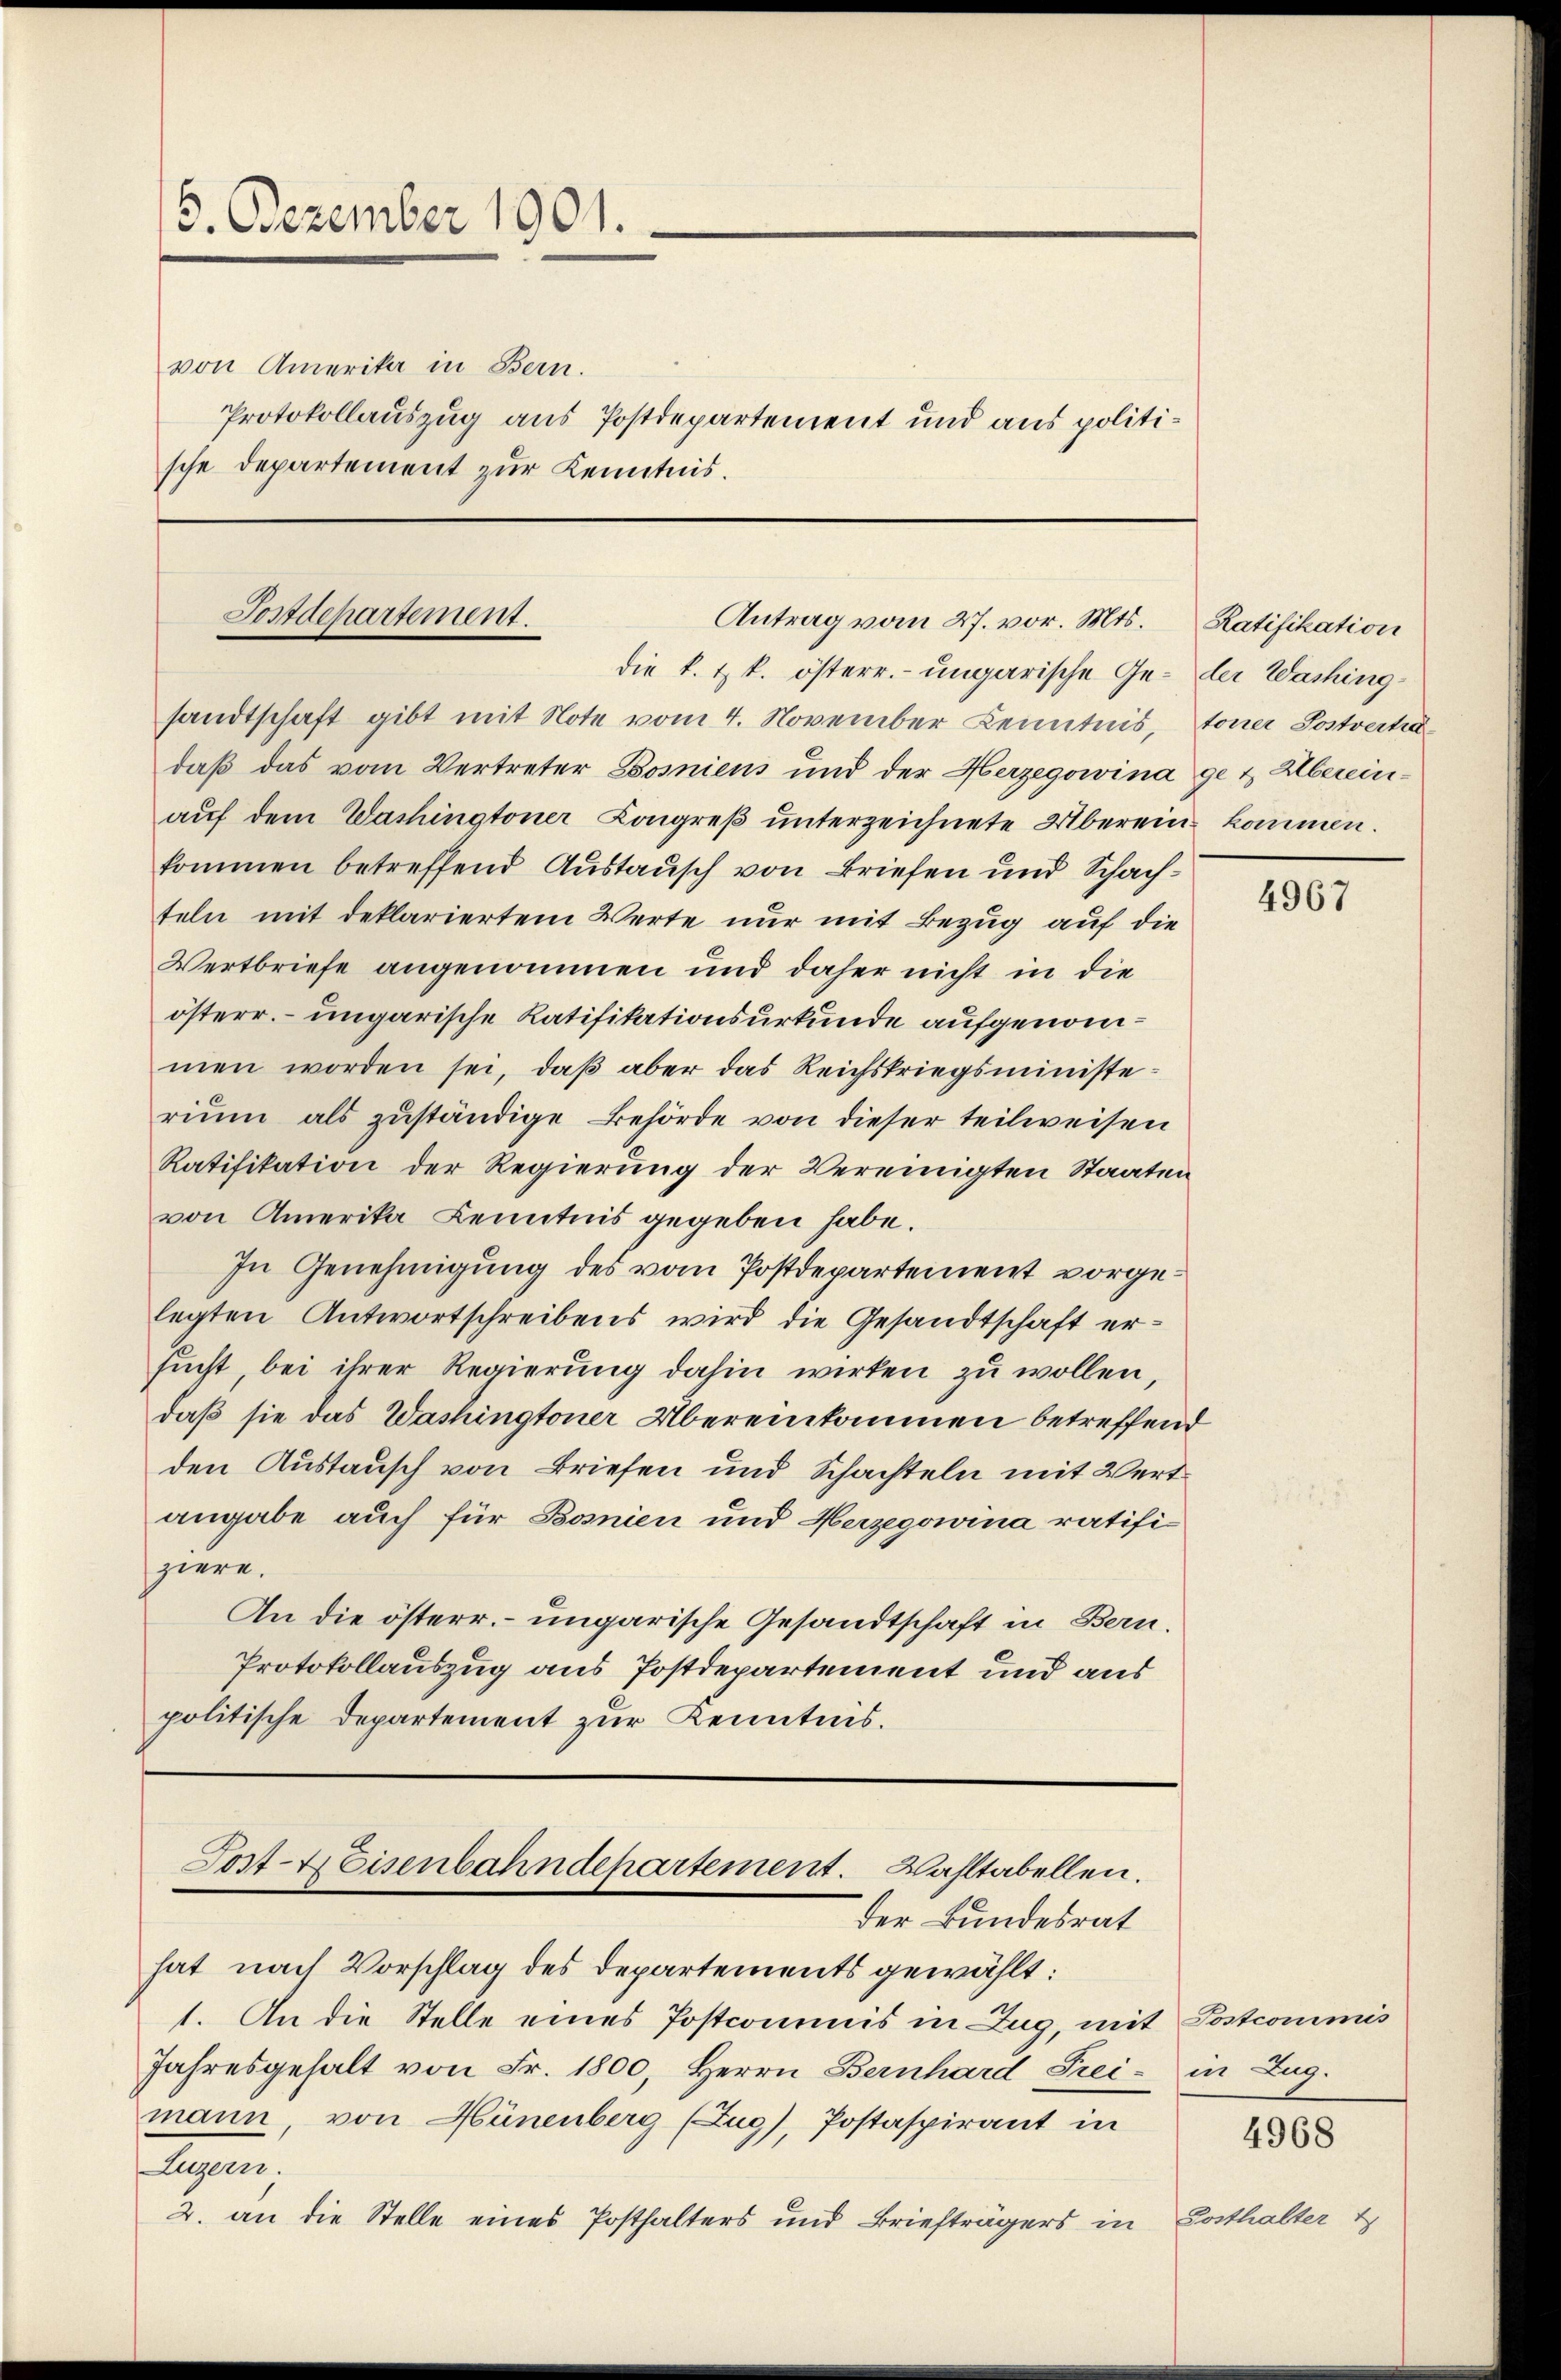
5. Dezember 1901.
von Amerika in Bern.
Protokollauszug aus Postdepartement und aus politische Departement zur Kenntnis.

Postdepartement.
Antrag vom 27. vor. Mts.
die k. k. österr.- ungarische Ge- der Waching¬

sandtschaft gibt mit Note vom 4. November Kenntnis, toner Postverhadaß das vom Vertreter Bosniens und der Herzegowina ge & Abereinauf dem Washingtoner Congreß unterzeichnete Überein kommen.
kommen betreffend Austausch von Briefen und Schachteln mit deklariertem Werte nur mit Bezug auf die
Wertbriefe angenommen und daher nicht in die
österr. ungarische Ratifikationsurkunde aufgenommen worden sei, daß aber das Reichskriegsministerium als zuständige Behörde von dieser teilweisen
Ratifikation der Regierung der Vereinigten Staaten
von Amerika Kenntnis gegeben habe.
In Genehmigung des vom Postdepartement vorgelegten Antwortschreibens wird die Gesandtschaft ersucht, bei ihrer Regierung dahin wirken zu wollen,
daß sie das Washingtoner Übereinkommen betreffend
den Austausch von Briefen und Schachteln mit Wert
angabe auch für Bosnien und Herzegowina ratifiziere.
An die österr. ungarische Gesandtschaft in Bern.
Protokollauszug aus Postdepartement und aus
politische Departement zur Kenntnis.

Tost- & Eisenbahndepartement. Wahltabellen.
der Bundesrat

hat nach Vorschlag des Departements gewählt:
1. An die Stelle eines Postcommis in Zug, mit Postcommis
Jahresgehalt von Fr. 1800. Herrn Bernhard Frei- in Zug.
mann von Hünenberg (Zug, Postaspirant in
Luzern;
2. an die Stelle eines Posthalters und Briefträgers in

Ratifikation

Dosthalter

4967

4968

2